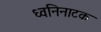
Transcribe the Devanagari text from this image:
ध्वनिनाटक